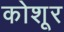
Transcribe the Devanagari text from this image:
कोशूर